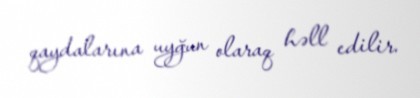
qaydalarına uyğun olaraq həll edilir.